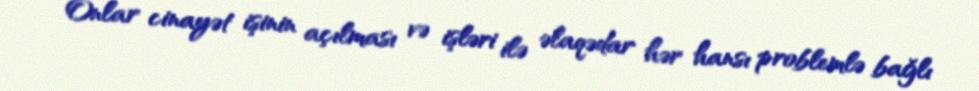
Onlar cinayət işinin açılması və işləri ilə əlaqədar hər hansı problemlə bağlı